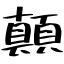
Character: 顛